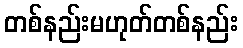
တစ်နည်းမဟုတ်တစ်နည်း